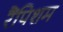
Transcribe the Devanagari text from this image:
रैंपिशम